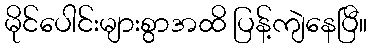
မိုင်ပေါင်းများစွာအထိ ပြန့်ကျဲနေပြီ။